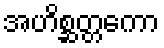
အဟိစ္ဆတ္တကော